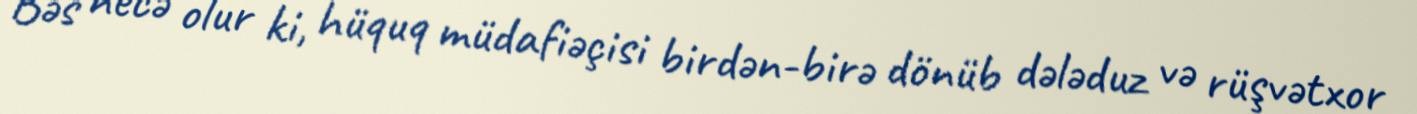
Bəs necə olur ki, hüquq müdafiəçisi birdən-birə dönüb dələduz və rüşvətxor